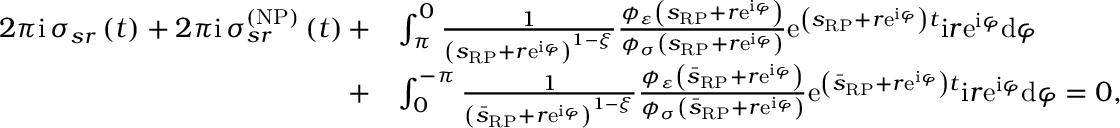
\begin{array} { r l } { 2 \pi \mathrm { i \, } \sigma _ { s r } \left( t \right) + 2 \pi \mathrm { i \, } \sigma _ { s r } ^ { \left( \mathrm { N P } \right) } \left( t \right) + } & { \int _ { \pi } ^ { 0 } \frac { 1 } { \left( s _ { \scriptscriptstyle { \mathrm { R P } } } + r \mathrm { e } ^ { \mathrm { i } \varphi } \right) ^ { 1 - \xi } } \frac { \phi _ { \varepsilon } \left( s _ { \scriptscriptstyle { \mathrm { R P } } } + r \mathrm { e } ^ { \mathrm { i } \varphi } \right) } { \phi _ { \sigma } \left( s _ { \scriptscriptstyle { \mathrm { R P } } } + r \mathrm { e } ^ { \mathrm { i } \varphi } \right) } \mathrm { e } ^ { \left( s _ { \scriptscriptstyle { \mathrm { R P } } } + r \mathrm { e } ^ { \mathrm { i } \varphi } \right) t } \mathrm { i } r \mathrm { e } ^ { \mathrm { i } \varphi } \mathrm { d } \varphi } \\ { + } & { \int _ { 0 } ^ { - \pi } \frac { 1 } { \left( \bar { s } _ { \scriptscriptstyle { \mathrm { R P } } } + r \mathrm { e } ^ { \mathrm { i } \varphi } \right) ^ { 1 - \xi } } \frac { \phi _ { \varepsilon } \left( \bar { s } _ { \scriptscriptstyle { \mathrm { R P } } } + r \mathrm { e } ^ { \mathrm { i } \varphi } \right) } { \phi _ { \sigma } \left( \bar { s } _ { \scriptscriptstyle { \mathrm { R P } } } + r \mathrm { e } ^ { \mathrm { i } \varphi } \right) } \mathrm { e } ^ { \left( \bar { s } _ { \scriptscriptstyle { \mathrm { R P } } } + r \mathrm { e } ^ { \mathrm { i } \varphi } \right) t } \mathrm { i } r \mathrm { e } ^ { \mathrm { i } \varphi } \mathrm { d } \varphi = 0 , } \end{array}